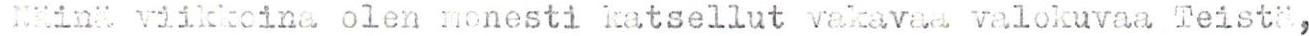
Näinä viikkoina olen monesti katsellut vakavaa valokuvaa Teistä,